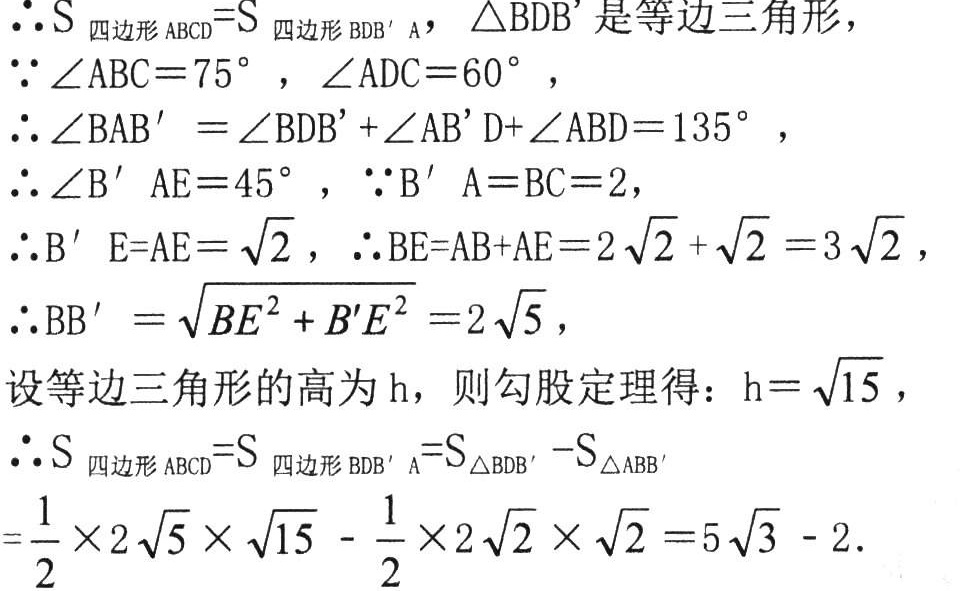
\(\therefore S_{四边形ABCD}=S_{四边形BDB'A},\ \triangle BDB'\text{是等边三角形}，\\
\because\angle ABC = 75^{\circ},\ \angle ADC = 60^{\circ},\\
\therefore\angle BAB'=\angle BDB'+\angle AB'D+\angle ABD = 135^{\circ},\\
\therefore\angle B'AE = 45^{\circ},\ \because B'A = BC = 2,\\
\therefore B'E = AE=\sqrt{2},\ \therefore BE = AB + AE = 2\sqrt{2}+\sqrt{2}=3\sqrt{2},\\
\therefore BB'=\sqrt{BE^{2}+B'E^{2}} = 2\sqrt{5},\\
\text{设等边三角形的高为}h\text{，则勾股定理得：}h = \sqrt{15},\\
\therefore S_{四边形ABCD}=S_{四边形BDB'A}=S_{\triangle BDB'}-S_{\triangle ABB'}\\
=\frac{1}{2}\times2\sqrt{5}\times\sqrt{15}-\frac{1}{2}\times2\sqrt{2}\times\sqrt{2}=5\sqrt{3}-2.\)